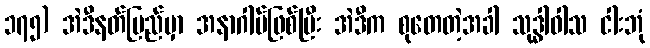
၁၇၅) အဲဒီနတ်ပြည်မှာ အနာဂါမ်ဖြစ်ပြီး အဲဒီက စုတေတဲ့အခါ သုဒ္ဓါဝါသ ငါးဘုံ